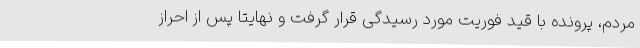
مردم، پرونده با قید فوریت مورد رسیدگی قرار گرفت و نهایتا پس از احراز